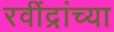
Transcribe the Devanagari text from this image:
रवींद्रांच्या